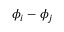
\phi _ { i } - \phi _ { j }